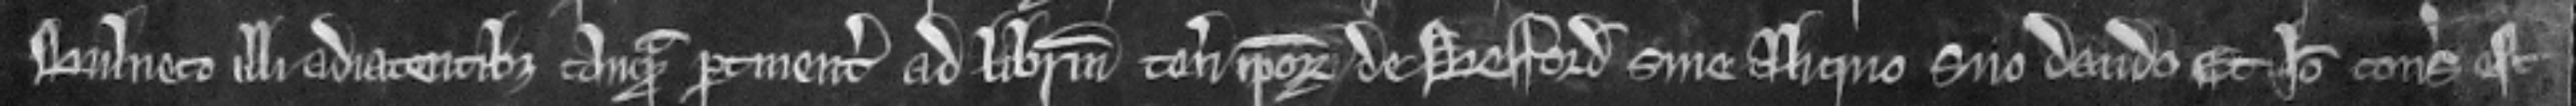
bulneto illi adjacentibus quam pertinentibus ad liberum tenementum ipsorum de Besford sine aliquo suo dando et ideo consideratum est